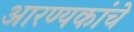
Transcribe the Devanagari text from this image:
आरण्यकांचे